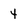
Character: 4